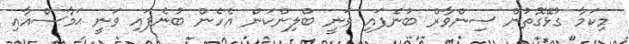
މިކަމާ ގުޅޭގޮތުން ސިންވާރް ބުނެފައި ވަނީ ބްލިންކަން އެހެން ބުނެފައި ވަނީ ޙަމާސްއާއި